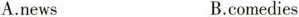
A.news B.comedies